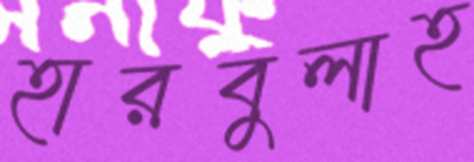
হারবুলাহ